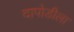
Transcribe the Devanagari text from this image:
दापोडीला